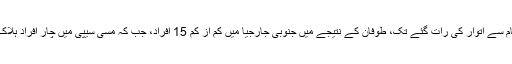
ہفتے کی شام سے اتوار کی رات گئے تک، طوفان کے نتیجے میں جنوبی جارجیا میں کم از کم 15 افراد، جب کہ مسی سیپی میں چار افراد ہلاک ہوئے ہیں۔